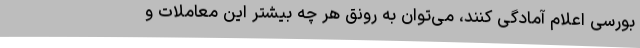
بورسی اعلام آمادگی کنند، می‌توان به رونق هر چه بیشتر این معاملات و